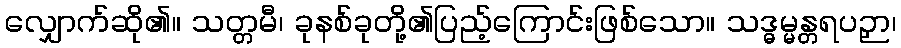
လျှောက်ဆို၏။ သတ္တမီ၊ ခုနစ်ခုတို့၏ပြည့်ကြောင်းဖြစ်သော။ သဒ္ဓမ္မန္တရပဉှာ၊